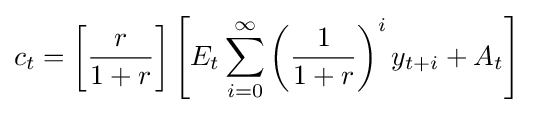
c_{t}=\left[{\frac {r}{1+r}}\right]\left[E_{t}\sum _{i=0}^{\infty }\left({\frac {1}{1+r}}\right)^{i}y_{t+i}+A_{t}\right]